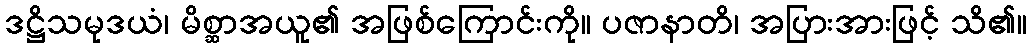
ဒဋ္ဌိသမုဒယံ၊ မိစ္ဆာအယူ၏ အဖြစ်ကြောင်းကို။ ပဇာနာတိ၊ အပြားအားဖြင့် သိ၏။